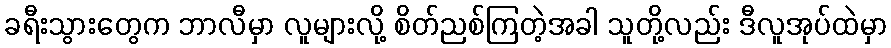
ခရီးသွားတွေက ဘာလီမှာ လူများလို့ စိတ်ညစ်ကြတဲ့အခါ သူတို့လည်း ဒီလူအုပ်ထဲမှာ